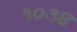
૧૦૩૪